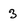
Character: 3